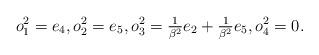
LaTeX: \begin{gather*} o_1^2 = e_4, o_2^2 = e_5, o_3^2 = \tfrac{1}{\beta^2}e_2 + \tfrac{1}{\beta^2}e_5, o_4^2 = 0.\end{gather*}